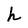
Character: h